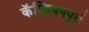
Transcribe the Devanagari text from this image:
कॅम्ब्रियनपूर्व